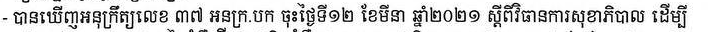
- បានឃើញអនុក្រឹត្យលេខ ៣៧ អនក្រ.បក ចុះថ្ងៃទី១២ ខែមីនា ឆ្នាំ២០២១ ស្ដីពីវិធានការសុខាភិបាល ដើម្បី